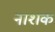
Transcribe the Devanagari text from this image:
नाश्‍ाक